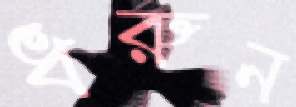
ধরুন